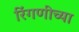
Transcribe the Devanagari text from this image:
रिंगणीच्या